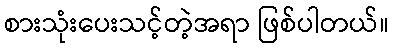
စားသုံးပေးသင့်တဲ့အရာ ဖြစ်ပါတယ်။